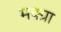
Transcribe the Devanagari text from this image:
मक्ग्रा